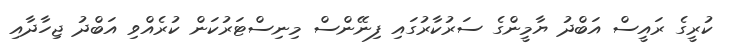
ކުރީގެ ރައީސް އަބްދު ޔާމީންގެ ސަރުކާރުގައި ފިނޭންސް މިނިސްޓަރުކަން ކުރެއްވި އަބްދު ޖިހާދާއި